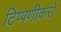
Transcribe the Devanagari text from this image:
टिप्पणीकरों